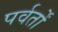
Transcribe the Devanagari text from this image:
पर्वर्तों